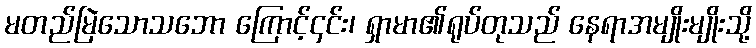
မတည်မြဲသောသဘော ကြောင့်၄င်း၊ ရှာမာ၏ရုပ်တုသည် နေရာအမျိုးမျိုးသို့